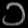
Digit: ၁